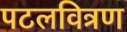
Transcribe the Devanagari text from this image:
पटलवित्रण